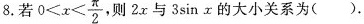
8.若 $$0 < x < \frac { π } { 2 }$$ ，则2x与3\sin x的大小关系为( )。